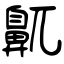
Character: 鼿